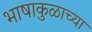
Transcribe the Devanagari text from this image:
भाषाकुळाच्या